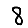
Digit: 8